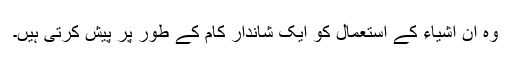
وہ ان اشیاء کے استعمال کو ایک شاندار کام کے طور پر پیش کرتی ہیں۔